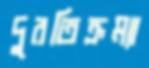
দুরতিক্রম্যা